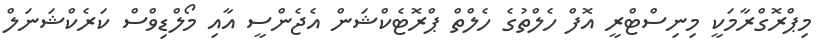
މިޕްރޮގްރާމަކީ މިނިސްޓްރީ އޮފް ހެލްތުގެ ހެލްތް ޕްރޮޓެކްޝަން އެޖެންސީ އާއި މޯލްޑިވްސް ކަރެކްޝަނަލް